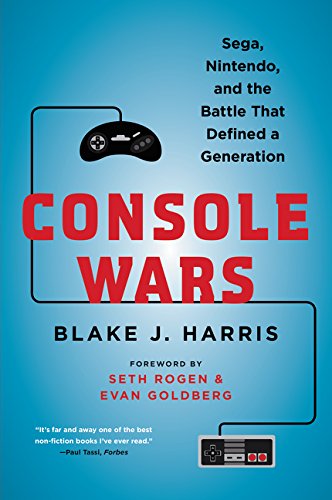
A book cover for Console Wars: Sega, Nintendo, and the Battle that Defined a Generation; Blake J. Harris; Humor & Entertainment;